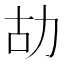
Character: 𠡉